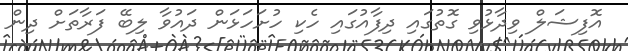
އޮފިޝަލް ވިދާޅުވި ގޮތުގައި ދިފާއުގައި ހެކި ހުށަހަޅަން ދައުވާ ލިބޭ ފަރާތަށް ދިން